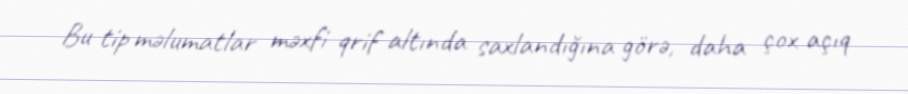
Bu tip məlumatlar məxfi qrif altında saxlandığına görə, daha çox açıq